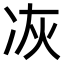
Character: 𠗇